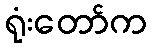
ရုံးတော်က